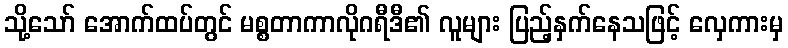
သို့သော် အောက်ထပ်တွင် မစ္စတာကာလိုဂရီဒီ၏ လူများ ပြည့်နှက်နေသဖြင့် လှေကားမှ